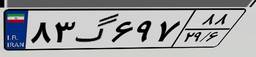
۸۳گ۶۹۷۸۸